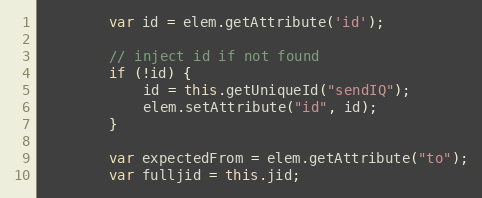
Language: JavaScript
        var id = elem.getAttribute('id');

        // inject id if not found
        if (!id) {
            id = this.getUniqueId("sendIQ");
            elem.setAttribute("id", id);
        }

        var expectedFrom = elem.getAttribute("to");
        var fulljid = this.jid;